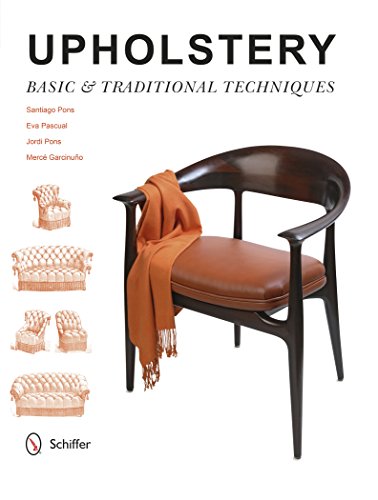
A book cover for Upholstery: Basic & Traditional Techniques; Santiago Pons; Crafts, Hobbies & Home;